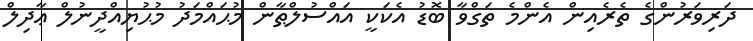
ދަރިވަރުންގެ ތެރެއިން އެންމެ ތަގްވާ ބޮޑު އެކަކީ އައްސުލްޠާން މުޙައްމަދު މުޙުޔިއްދީނުލް ޢާދިލް